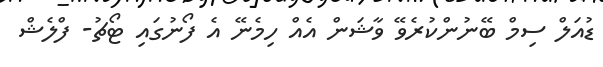
ޑުއަލް ސިމް ބޭނުންކުރެވޭ ވާޝަން އެއް ހިމެނޭ އެ ފޯނުގައި ޓޯޗު- ފްލެޝް